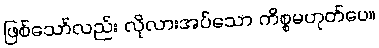
ဖြစ်သော်လည်း လိုလားအပ်သော ကိစ္စမဟုတ်ပေ။